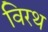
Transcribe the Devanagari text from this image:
विरथ